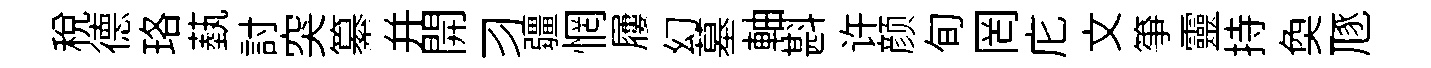
税德珞蓺討突纂幷開习疆惘屨幻墓軸斟许颜旬罔庀文筝靈持奐豗